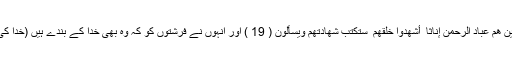
وَجَعَلُوا الْمَلَائِكَةَ الَّذِينَ هُمْ عِبَادُ الرَّحْمَٰنِ إِنَاثًا ۚ أَشَهِدُوا خَلْقَهُمْ ۚ سَتُكْتَبُ شَهَادَتُهُمْ وَيُسْأَلُونَ ( 19 ) اور انہوں نے فرشتوں کو کہ وہ بھی خدا کے بندے ہیں (خدا کی) بیٹیاں مقرر کیا۔